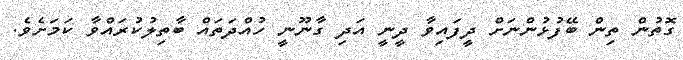
ގޮތުން ތިން ބޭފުޅުންނަށް ދީފައިވާ ދީނީ އަދި ގާނޫނީ ހުއްދަތައް ބާތިލުކުރައްވާ ކަމަށެވެ.